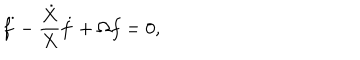
\ddot { f } - \frac { \dot { X } } { X } \dot { f } + \Omega f = 0 ,